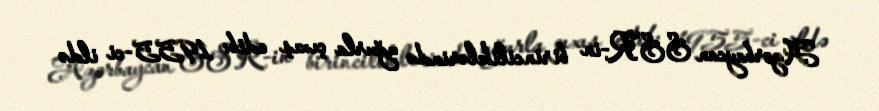
Azərbaycan SSR-in birinciliklərində uğurla çıxış edib: 1955-ci ildə